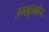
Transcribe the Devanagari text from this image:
उम्खुमबेन